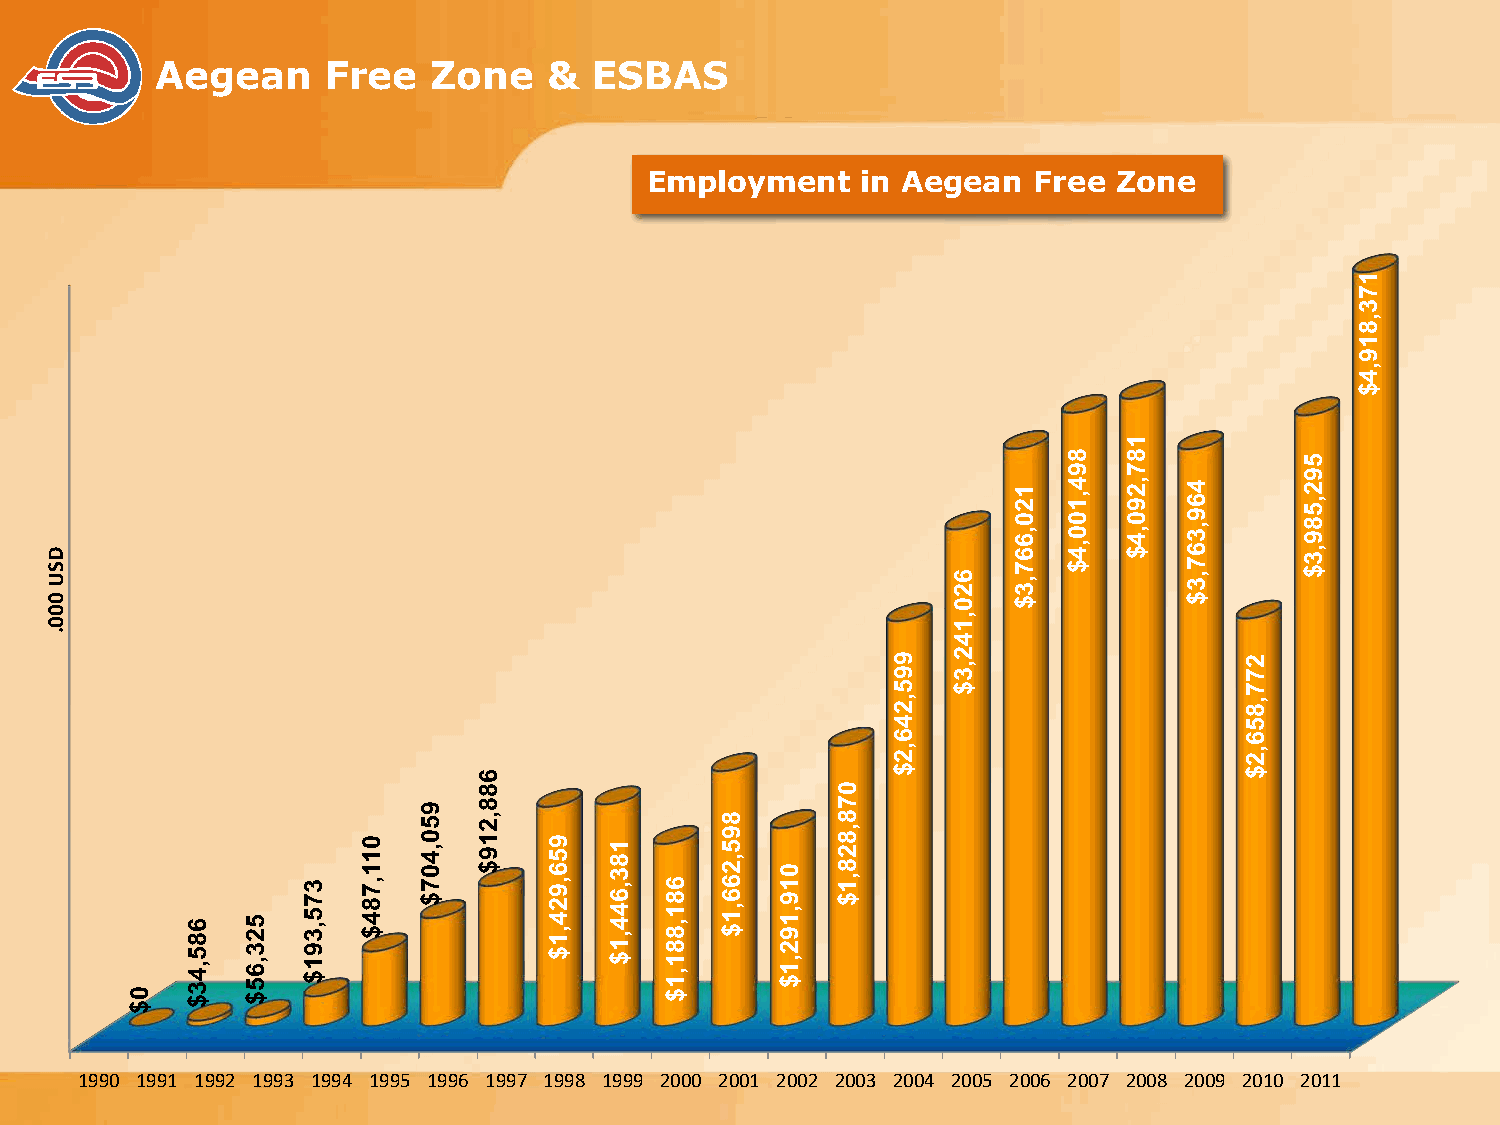
Aegean      Free   Zone   &  ESBAS
 Employment    in Aegean  Free  Zone
 1990 1991 1992 1993 1994 1995 1996 1997 1998 1999 2000 2001 2002 2003 2004 2005 2006 2007 2008 2009 2010 2011
 DSU
 000.
 0$
 685,43$ 523,65$
 375,391$
 011,784$
 950,407$
 688,219$
 956,924,1$ 183,644,1$
 681,881,1$
 895,266,1$
 019,192,1$
 078,828,1$
 995,246,2$
 620,142,3$
 120,667,3$
 894,100,4$
 187,290,4$
 469,367,3$
 277,856,2$
 592,589,3$
 173,819,4$